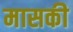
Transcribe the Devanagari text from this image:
मासकी